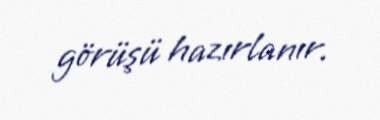
görüşü hazırlanır.